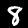
Label: 8